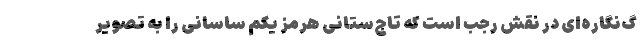
گ‌نگاره‌ای در نقش رجب است که تاج‌ستانی هرمز یکم ساسانی را به تصویر